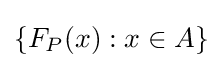
\{F_{P}(x):x\in A\}